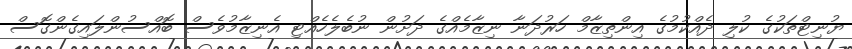
ޔުނިޓްތަކުގެ ކުލި ދެއްކުމުގެ އިންތިޒާމް ހަރުދަނާ ނިޒާމެއްގެ ދަށުން ނުބެލެހެއްޓި އެނިޒާމުވެސް ބޮއްސުންލައިގެންގޮސް